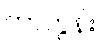
ကာတွန်း